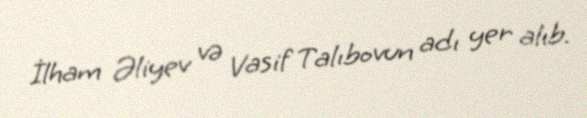
İlham Əliyev və Vasif Talıbovun adı yer alıb.